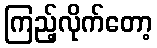
ကြည့်လိုက်တော့